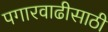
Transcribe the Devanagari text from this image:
पगारवाढीसाठी